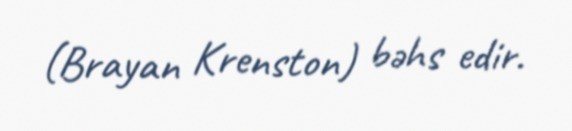
(Brayan Krenston) bəhs edir.